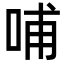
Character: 哺